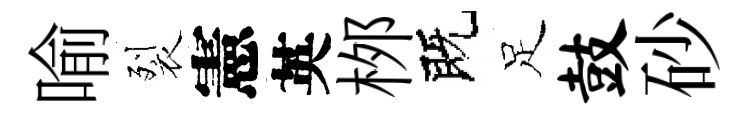
喻裂憲英桞既足鼓砂